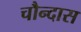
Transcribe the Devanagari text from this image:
चौन्दास